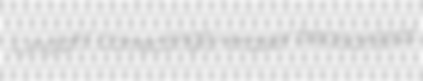
Lindahl correctingly eraser treasonless